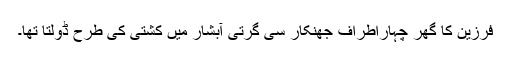
فرزین کا گھر چہاراطراف جھنکار سی گرتی آبشار میں کشتی کی طرح ڈولتا تھا۔